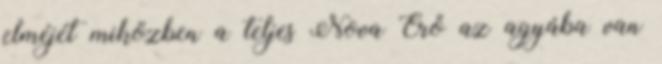
elméjét miközben a teljes Nova Erő az agyába van